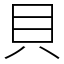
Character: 貝